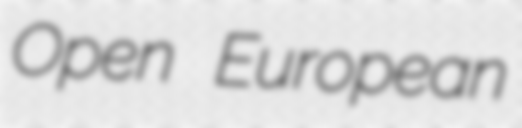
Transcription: Open European